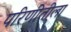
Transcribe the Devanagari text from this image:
परिणीतीला